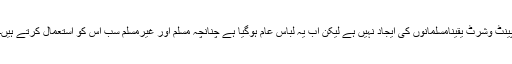
پینٹ وشرٹ یقیناًمسلمانوں کی ایجاد نہیں ہے لیکن اب یہ لباس عام ہوگیا ہے چنانچہ مسلم اور غیرمسلم سب اس کو استعمال کرتے ہیں۔